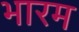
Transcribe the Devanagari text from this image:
भारम